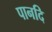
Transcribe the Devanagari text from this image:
पानदि